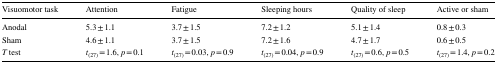
| Visuomotor task | Attention | Fatigue | Sleeping hours | Quality of sleep | Active or sham |
 | --- | --- | --- | --- | --- | --- |
 | Anodal | 5.3 ± 1.1 | 3.7 ± 1.5 | 7.2 ± 1.2 | 5.1 ± 1.4 | 0.8 ± 0.3 |
 | Sham | 4.6 ± 1.1 | 3.7 ± 1.5 | 7.2 ± 1.6 | 4.7 ± 1.7 | 0.6 ± 0.5 |
 | T test | t(27) = 1.6, p = 0.1 | t(27) = 0.03, p = 0.9 | t(27) = 0.04, p = 0.9 | t(27) = 0.6, p = 0.5 | t(27) = 1.4, p = 0.2 |